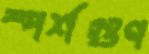
স্পর্শগুণ